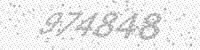
Solution: 974848